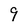
Character: 9